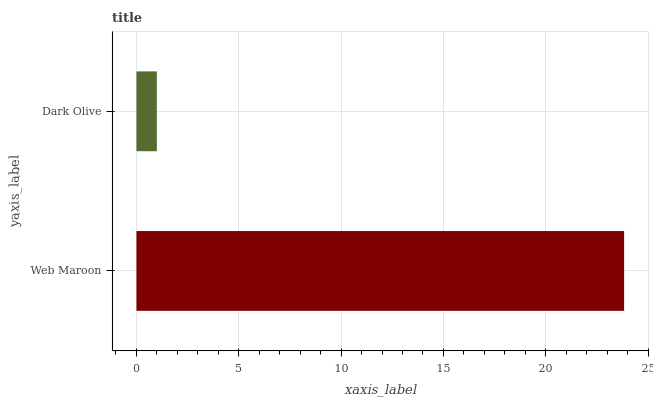
| yaxis_label | bars |
 | --- | --- |
 | Web Maroon | 23.8 |
 | Dark Olive | 0.996 |